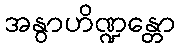
အနွာဟိဏ္ဍန္တော